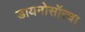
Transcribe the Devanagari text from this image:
डायनोसॉरचा